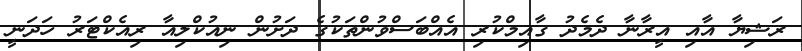
ރަޝިޔާ އާއި އީރާނާ ދެމެދު ގާއިމްކުރި އެއްބަސްވުންތަކުގެ ދަށުން ނިއުކްލިއާ ރިއެކްޓަރު ހަދަނީ